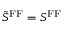
\tilde { S } ^ { \mathrm { F F } } = S ^ { \mathrm { F F } }